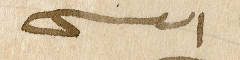
العنيسي